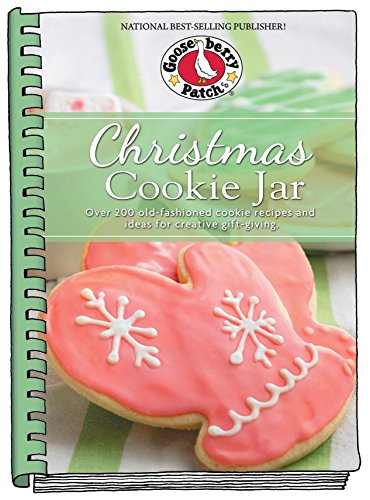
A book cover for Christmas Cookie Jar: Over 200 Old-Fashioned Cookie Recipes and Ideas for Creative Gift-Giving (Seasonal Cookbook Collection); Gooseberry Patch; Cookbooks, Food & Wine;